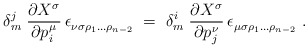
\begin{align*} \delta_m^j \; \frac{\partial X_{}^\sigma}{\partial p\>\!_i^\mu} \, \epsilon_{\nu \sigma \rho_1 \ldots \rho_{n-2}}^{}~ =~\delta_m^i \; \frac{\partial X_{}^\sigma}{\partial p\>\!_j^\nu} \, \epsilon_{\mu \sigma \rho_1 \ldots \rho_{n-2}}^{}~. \end{align*}